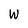
Character: w